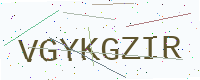
Text: VGYKGZIR